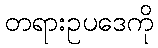
တရားဥပဒေကို